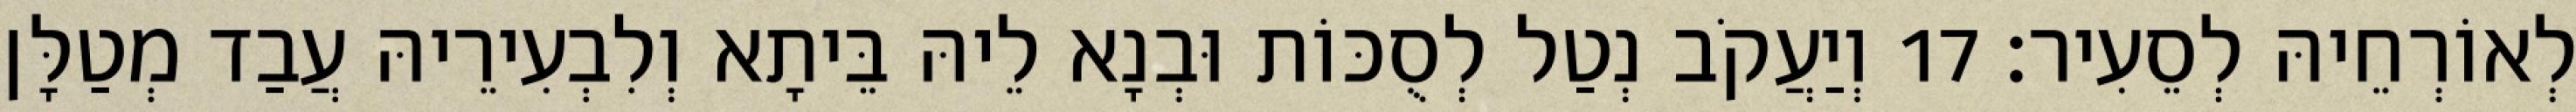
לְאוֹרְחֵיהּ לְסֵעִיר׃ 17 וְיַעֲקֹב נְטַל לְסֻכּוֹת וּבְנָא לֵיהּ בֵּיתָא וְלִבְעִירֵיהּ עֲבַד מְטַלָּן